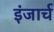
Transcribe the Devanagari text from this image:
इंजार्च